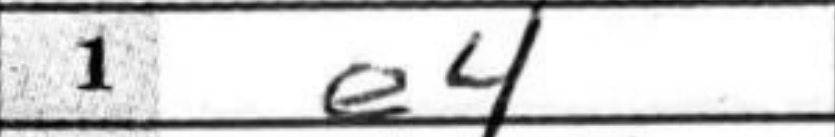
Transcription: e4